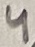
Text: 4